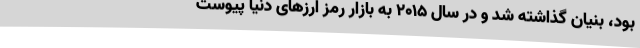
بود، بنیان گذاشته شد و در سال 2015 به بازار رمز ارزهای دنیا پیوست